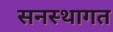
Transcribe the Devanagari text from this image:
सनस्थागत